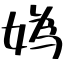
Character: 媯